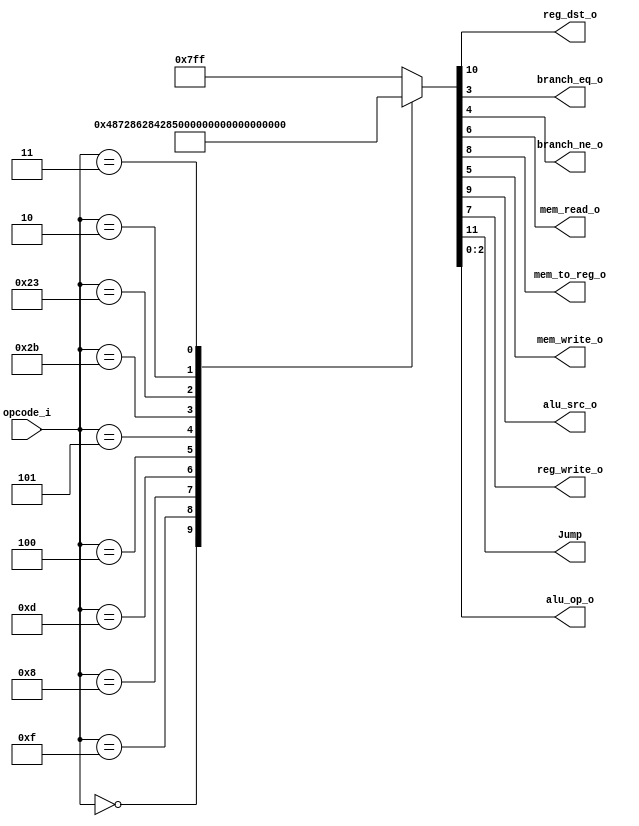
/******************************************************************
* Description
*	This is control unit for the MIPS processor. The control unit is 
*	in charge of generation of the control signals. Its only input 
*	corresponds to opcode from the instruction.
*	1.0
* Author:
*	Dr. Jos Luis Pizano Escalante
* email:
*	luispizano@iteso.mx
* Date:
*	05/07/2020
******************************************************************/
module Control
(
	input [5:0]opcode_i,
	
	output reg_dst_o,
	output branch_eq_o,
	output branch_ne_o,
	output mem_read_o,
	output mem_to_reg_o,
	output mem_write_o,
	output alu_src_o,
	output reg_write_o,
	output Jump,
	output [2:0]alu_op_o
	
);


localparam R_TYPE = 0;
//constantes
localparam I_TYPE_LUI  = 6'h0f;
localparam I_TYPE_ADDI = 6'h08;
localparam I_TYPE_ORI  = 6'h0d;

//nuevos
localparam I_TYPE_BEQ  = 6'h04;
localparam I_TYPE_BNE  = 6'h05;
localparam I_TYPE_SW   = 6'h2b;
localparam I_TYPE_LW   = 6'h23;
//nop??

localparam J_TYPE_J    = 6'h02;
localparam J_TYPE_JAL  = 6'h03;



reg [11:0] control_values_r;

always@(opcode_i) begin

	case(opcode_i)
	
		R_TYPE     		:  control_values_r = 12'b01_001_00_00_111;
		//ultimos 3 bits estan dados por nosotros
		I_TYPE_LUI		:  control_values_r = 12'b00_101_00_00_110;
		I_TYPE_ADDI		:  control_values_r = 12'b00_101_00_00_100;
		I_TYPE_ORI		:  control_values_r = 12'b00_101_00_00_101;
		//nuevos
		I_TYPE_BEQ		:  control_values_r = 12'b00_000_00_01_001;//@ 
		I_TYPE_BNE		:  control_values_r = 12'b01_010_00_10_001;//@
		I_TYPE_SW		:  control_values_r = 12'b00_100_01_00_011;//@
		I_TYPE_LW		:  control_values_r = 12'b00_111_10_00_111;//@
		J_TYPE_J 		:  control_values_r = 12'b10_000_00_00_000;//duda
		J_TYPE_JAL		:  control_values_r = 12'b10_001_00_00_000;//duda
		
		default:
			control_values_r = 12'b011111111111;
	endcase
		
end	

assign Jump = control_values_r[11];	//bandera de Jump
assign reg_dst_o = control_values_r[10];//decide entre RT(0) o RD(1)
assign alu_src_o = control_values_r[9];//constante o sagunda salida del RG_file
assign mem_to_reg_o = control_values_r[8];//tomamos registro(1) o directamente de la ALU(0)
assign reg_write_o = control_values_r[7];
assign mem_read_o = control_values_r[6];
assign mem_write_o = control_values_r[5];
assign branch_ne_o = control_values_r[4];
assign branch_eq_o = control_values_r[3];
assign alu_op_o = control_values_r[2:0];	


endmodule